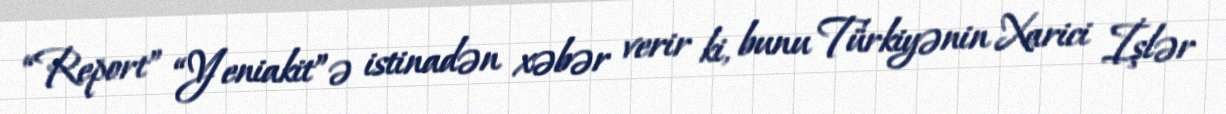
“Report” “Yeniakit”ə istinadən xəbər verir ki, bunu Türkiyənin Xarici İşlər